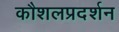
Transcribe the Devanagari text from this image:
कौशलप्रदर्शन